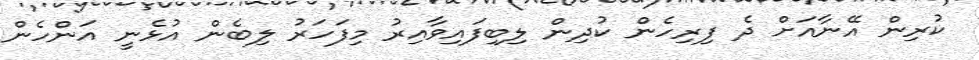
ކުރިން އޭނާއަށް ދެ ފިރިހެން ކުދިން ލިބިފައިވާއިރު މިފަހަރު ލިބެން އުޅެނީ އަންހެން